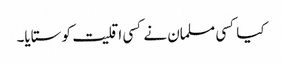
کیا کسی مسلمان نے کسی اقلیت کو ستایا۔